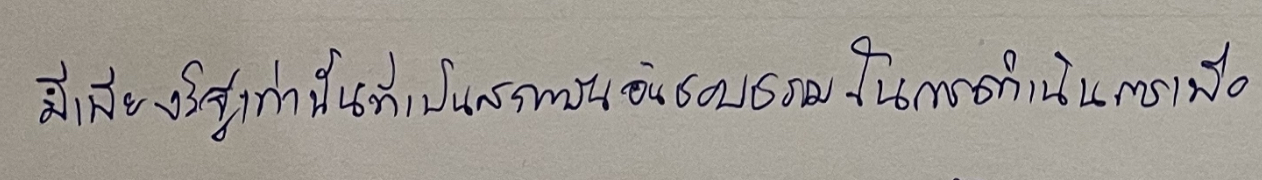
มีเพียงรัฐเท่านั้นที่เป็นสถาบันอันชอบธรรมในการดำเนินการเพื่อ